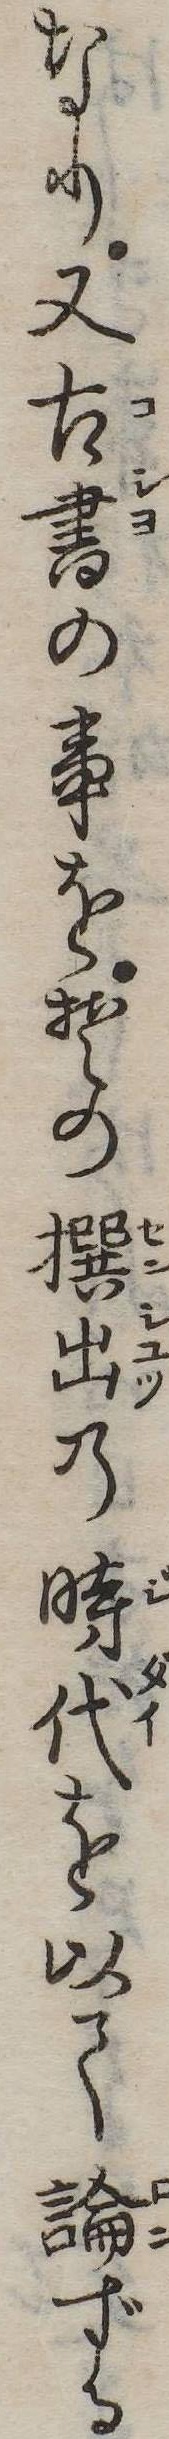
なり又古書の事をその撰出の時代を以て論ずる